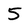
Character: 5